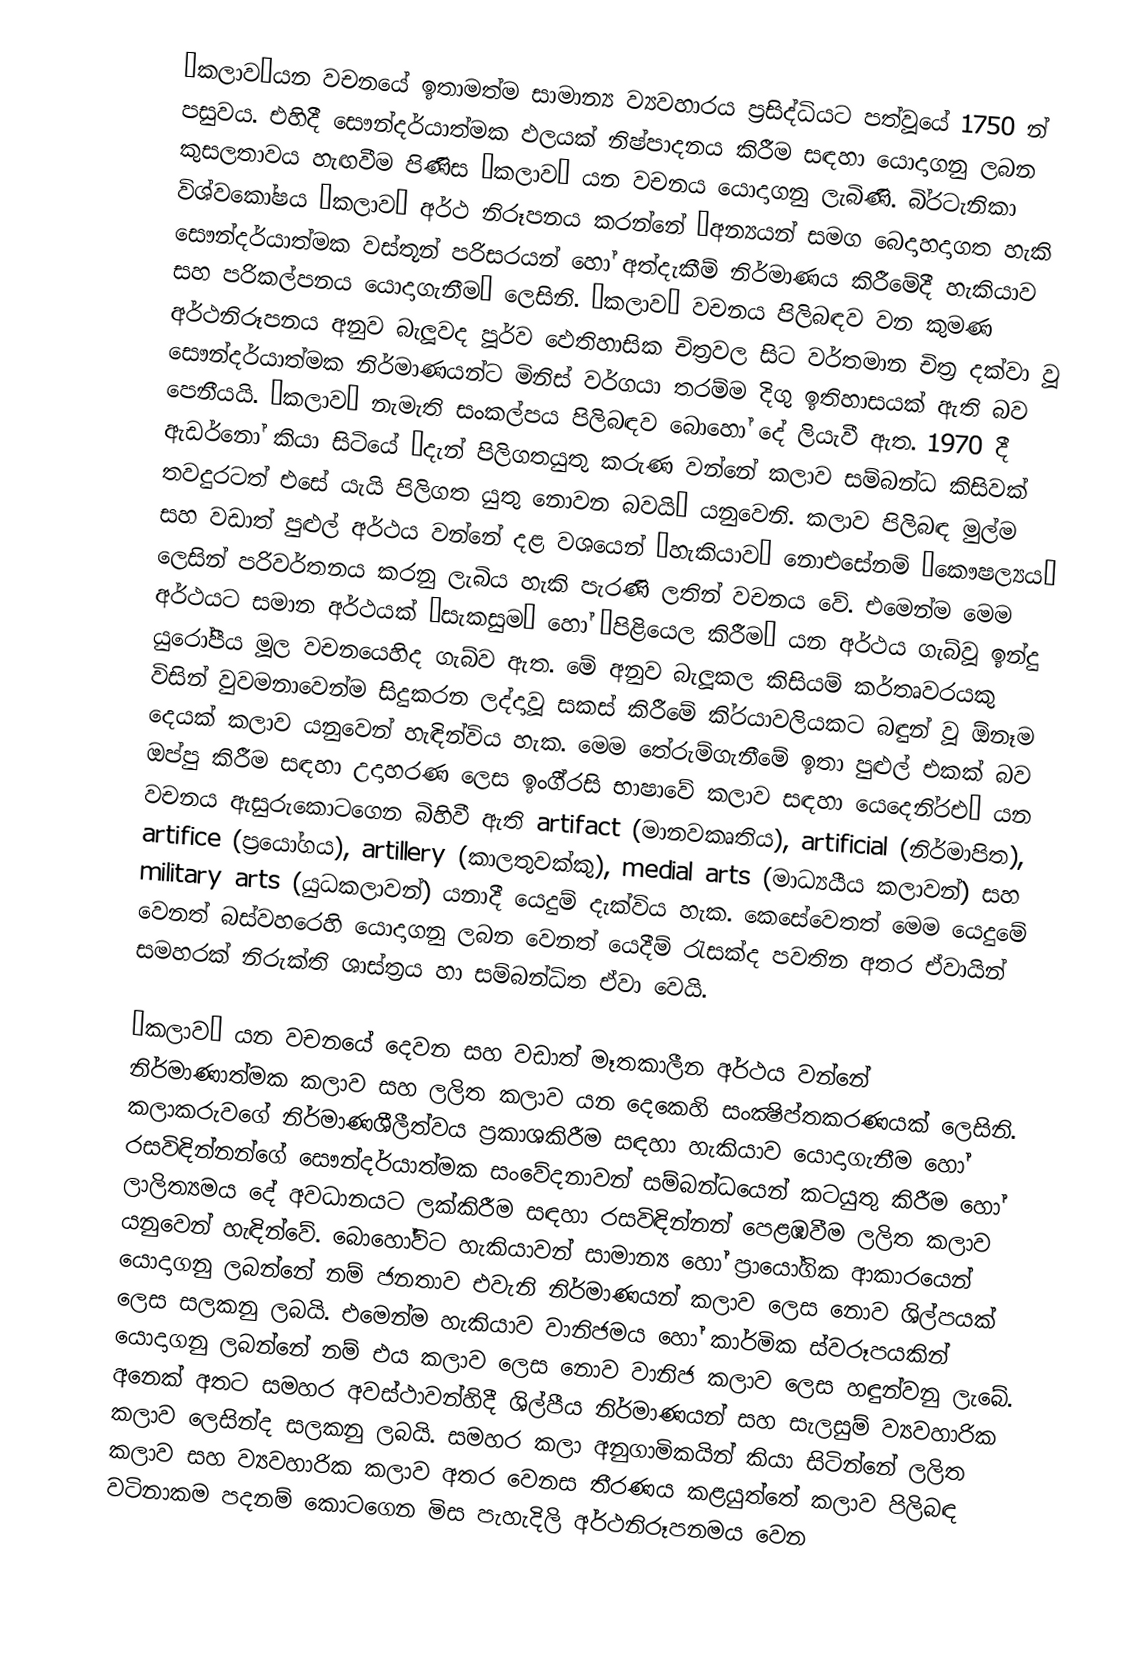
’කලාව’යන වචනයේ ඉතාමත්ම සාමාන්‍ය ව්‍යවහාරය ප‍්‍රසිද්ධියට පත්වූයේ 1750 න් පසුවය. එහිදී සෞන්දර්යාත්මක ඵලයක් නිෂ්පාදනය කිරීම සඳහා යොදාගනු ලබන කුසලතාවය හැඟවීම පිණිස ‘කලාව’ යන වචනය යොදාගනු ලැබිණි. බි‍්‍රටැනිකා විශ්වකෝෂය ‘කලාව’ අර්ථ නිරූපනය කරන්නේ ‘අන්‍යයන් සමග බෙදාහදාගත හැකි සෞන්දර්යාත්මක වස්තූන් පරිසරයන් හෝ අත්දැකීම් නිර්මාණය කිරීමේදී හැකියාව සහ පරිකල්පනය යොදාගැනීම’ ලෙසිනි. ‘කලාව’ වචනය පිලිබඳව වන කුමණ අර්ථනිරූපනය අනුව බැලූවද පූර්ව ඵෙතිහාසික චිත‍්‍රවල සිට වර්තමාන චිත‍්‍ර දක්වා වූ සෞන්දර්යාත්මක නිර්මාණයන්ට මිනිස් වර්ගයා තරම්ම දිගු ඉතිහාසයක් ඇති බව පෙනීයයි. ‘කලාව’ නැමැති සංකල්පය පිලිබඳව බොහෝ දේ ලියැවී ඇත. 1970 දී ඇඩර්නෝ කියා සිටියේ ‘දැන් පිලිගතයුතු කරුණ වන්නේ කලාව සම්බන්ධ කිසිවක් තවදුරටත් එසේ යැයි පිලිගත යුතු නොවන බවයි’ යනුවෙනි. කලාව පිලිබඳ මුල්ම සහ වඩාත් පුළුල් අර්ථය වන්නේ දළ වශයෙන් ‘හැකියාව’ නොඑසේනම් ‘කෞෂල්‍යය’ ලෙසින් පරිවර්තනය කරනු ලැබිය හැකි පැරණි ලතින් වචනය වේ. එමෙන්ම මෙම අර්ථයට සමාන අර්ථයක් ‘සැකසුම’ හෝ ‘පිළියෙල කිරීම’ යන අර්ථය ගැබ්වූ ඉන්දු යුරෝපීය මූල වචනයෙහිද ගැබ්ව ඇත. මේ අනුව බැලූකල කිසියම් කර්තෘවරයකු විසින් වුවමනාවෙන්ම සිදුකරන ලද්දාවූ සකස් කිරීමේ කි‍්‍රයාවලියකට බඳුන් වූ  ඕනෑම දෙයක් කලාව යනුවෙන් හැඳින්විය හැක. මෙම තේරුම්ගැනීමේ ඉතා පුළුල් එකක් බව ඔප්පු කිරීම සඳහා උදාහරණ ලෙස ඉංගී‍්‍රසි භාෂාවේ කලාව සඳහා යෙදෙනි්රඑ’ යන වචනය ඇසුරුකොටගෙන බිහිවී ඇති artifact (මානවකෘතිය), artificial (නිර්මාපිත), artifice (ප‍්‍රයෝගය), artillery (කාලතුවක්කු), medial arts (මාධ්‍යයීය කලාවන්) සහ military arts (යුධකලාවන්) යනාදී යෙදුම් දැක්විය හැක. කෙසේවෙතත් මෙම යෙදුමේ වෙනත් බස්වහරෙහි යොදාගනු ලබන වෙනත් යෙදීම් රැසක්ද පවතින අතර ඒවායින් සමහරක් නිරුක්ති ශාස්ත‍්‍රය හා සම්බන්ධිත ඒවා වෙයි.

’කලාව‘ යන වචනයේ දෙවන සහ වඩාත් මෑතකාලීන අර්ථය වන්නේ නිර්මාණාත්මක කලාව සහ ලලිත කලාව යන දෙකෙහි සංක්‍ෂිප්තකරණයක් ලෙසිනි. කලාකරුවගේ නිර්මාණශීලීත්වය ප‍්‍රකාශකිරීම සඳහා හැකියාව යොදාගැනීම හෝ රසවිඳින්නන්ගේ සෞන්දර්යාත්මක සංවේදනාවන් සම්බන්ධයෙන් කටයුතු කිරීම හෝ ලාලිත්‍යමය දේ අවධානයට ලක්කිරීම සඳහා රසවිඳින්නන් පෙළඹවීම ලලිත කලාව යනුවෙන් හැඳින්වේ. බොහෝවිට හැකියාවන් සාමාන්‍ය හෝ ප‍්‍රායෝගික ආකාරයෙන් යොදාගනු ලබන්නේ නම් ජනතාව එවැනි නිර්මාණයන් කලාව ලෙස නොව ශිල්පයක් ලෙස සලකනු ලබයි. එමෙන්ම හැකියාව වානිජමය හෝ කාර්මික ස්වරූපයකින් යොදාගනු ලබන්නේ නම් එය කලාව ලෙස නොව වානිජ කලාව ලෙස හඳුන්වනු ලැබේ. අනෙක් අතට සමහර අවස්ථාවන්හිදී ශිල්පීය නිර්මාණයන් සහ සැලසුම් ව්‍යවහාරික කලාව ලෙසින්ද සලකනු ලබයි. සමහර කලා අනුගාමිකයින් කියා සිටින්නේ ලලිත කලාව සහ ව්‍යවහාරික කලාව අතර වෙනස තීරණය කළයුත්තේ කලාව පිලිබඳ වටිනාකම පදනම් කොටගෙන මිස පැහැදිලි අර්ථනිරූපනමය වෙන